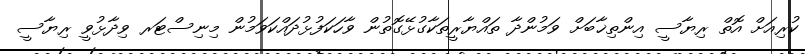
ކުރިއަށް އޮތް ރިޔާސީ އިންތިޚާބަށް ވަމުންދާ ތައްޔާރީތަކާގުޅޭގޮތުން ވާހަކަފުޅުދައްކަވަމުން މިނިސްޓަރ ވިދާޅުވީ ރިޔާސީ